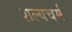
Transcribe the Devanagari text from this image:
शल्यचर्म